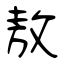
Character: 敖